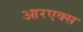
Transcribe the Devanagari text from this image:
आरएक्स